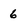
Character: 6